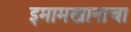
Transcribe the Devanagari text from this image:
इमामखानाचा